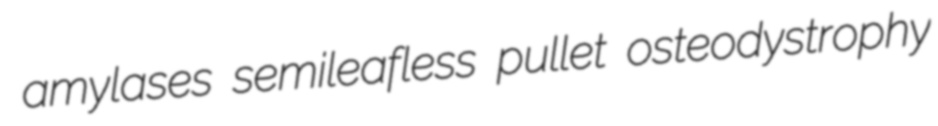
amylases semileafless pullet osteodystrophy